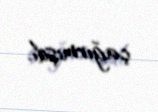
çağırmışdı.